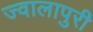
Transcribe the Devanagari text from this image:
ज्वालापुरी